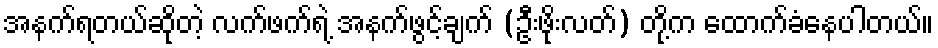
အနက်ရတယ်ဆိုတဲ့ လက်ဖက်ရဲ့ အနက်ဖွင့်ချက် (ဦးဖိုးလတ်) တို့က ထောက်ခံနေပါတယ်။